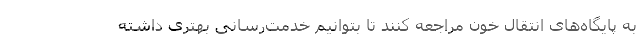
به پایگاه‌های انتقال خون مراجعه کنند تا بتوانیم خدمت‌رسانی بهتری داشته